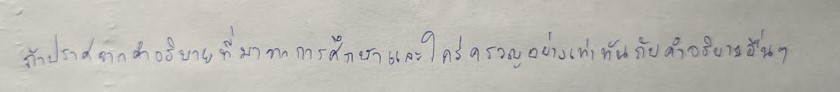
ถ้าปราศจากคำอธิบายที่มาจากการศึกษาและใคร่ครวญอย่างเท่าทันกับคำอธิบายอื่นๆ